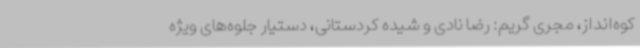
کوه‌انداز، مجری گریم: رضا نادی و شیده کردستانی، دستیار جلوه‌های ویژه